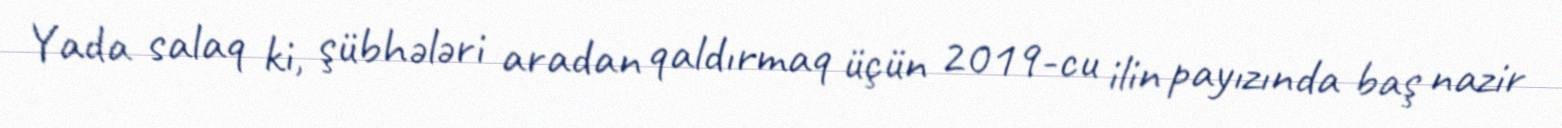
Yada salaq ki, şübhələri aradan qaldırmaq üçün 2019-cu ilin payızında baş nazir